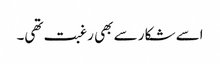
اسے شکار سے بھی رغبت تھی۔